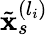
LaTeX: \tilde{\mathbf{x}}_{s}^{(l_{i})}